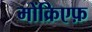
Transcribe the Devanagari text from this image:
मोंक्रिएफ़